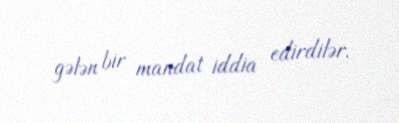
gələn bir mandat iddia edirdilər.